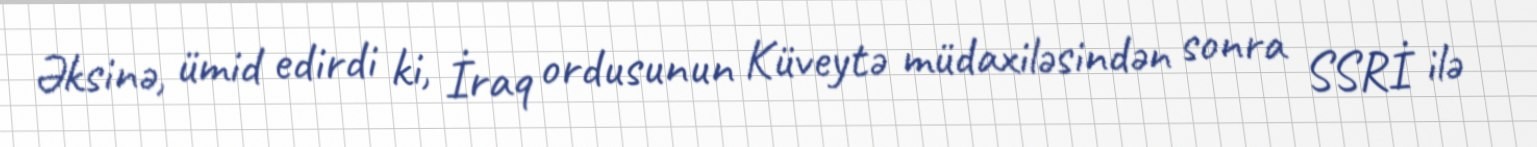
Əksinə, ümid edirdi ki, İraq ordusunun Küveytə müdaxiləsindən sonra SSRİ ilə